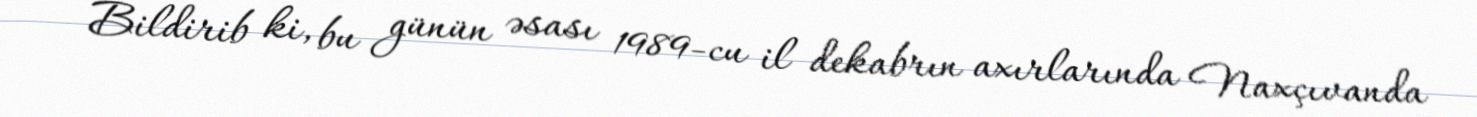
Bildirib ki, bu günün əsası 1989-cu il dekabrın axırlarında Naxçıvanda